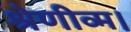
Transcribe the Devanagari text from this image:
श्रेणीव्म।